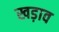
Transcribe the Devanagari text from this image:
खड़ाव